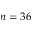
n = 3 6